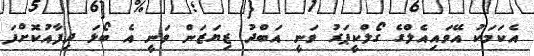
އެކަމަކު އޭވައިއެލްގެ ގޯލްކީޕަރު ވަނީ އަބްދު ޒިޔަޒަން ވަނީ އެ ބޯޅަ ދިފާއުކޮށްފަ